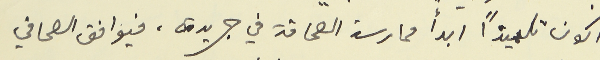
اكون تلميذاً ابدأ ممارسة الصحافة في جريدة، فيوافق الصحافي